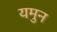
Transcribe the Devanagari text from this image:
यमुन